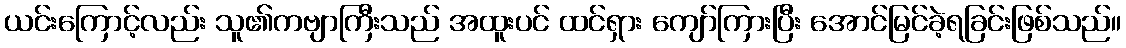
ယင်းကြောင့်လည်း သူ၏ကဗျာကြီးသည် အထူးပင် ထင်ရှား ကျော်ကြားပြီး အောင်မြင်ခဲ့ရခြင်းဖြစ်သည်။